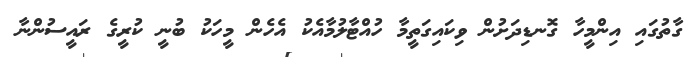
ގާތުގައި އިންމީހާ ގޮނޑިދަށުން ވިކައިގަތީމާ ހުއްޓާލުމާއެކު އެހެން މީހަކު ބުނީ ކުރީގެ ރައީސުންނާ